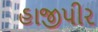
હાજીપીર